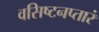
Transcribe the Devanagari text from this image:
वसिष्टनप्तारं